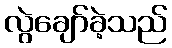
လွဲချော်ခဲ့သည်